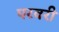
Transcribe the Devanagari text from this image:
परवरी